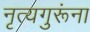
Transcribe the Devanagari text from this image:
नृत्यगुरूंना